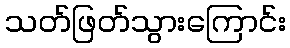
သတ်ဖြတ်သွားကြောင်း